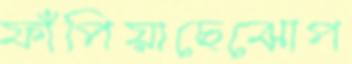
ফাঁপিয়াছেঝোপ